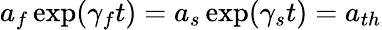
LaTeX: a_{f}\exp(\gamma_{f}t)=a_{s}\exp(\gamma_{s}t)=a_{th}